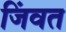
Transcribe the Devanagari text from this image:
जिंवत